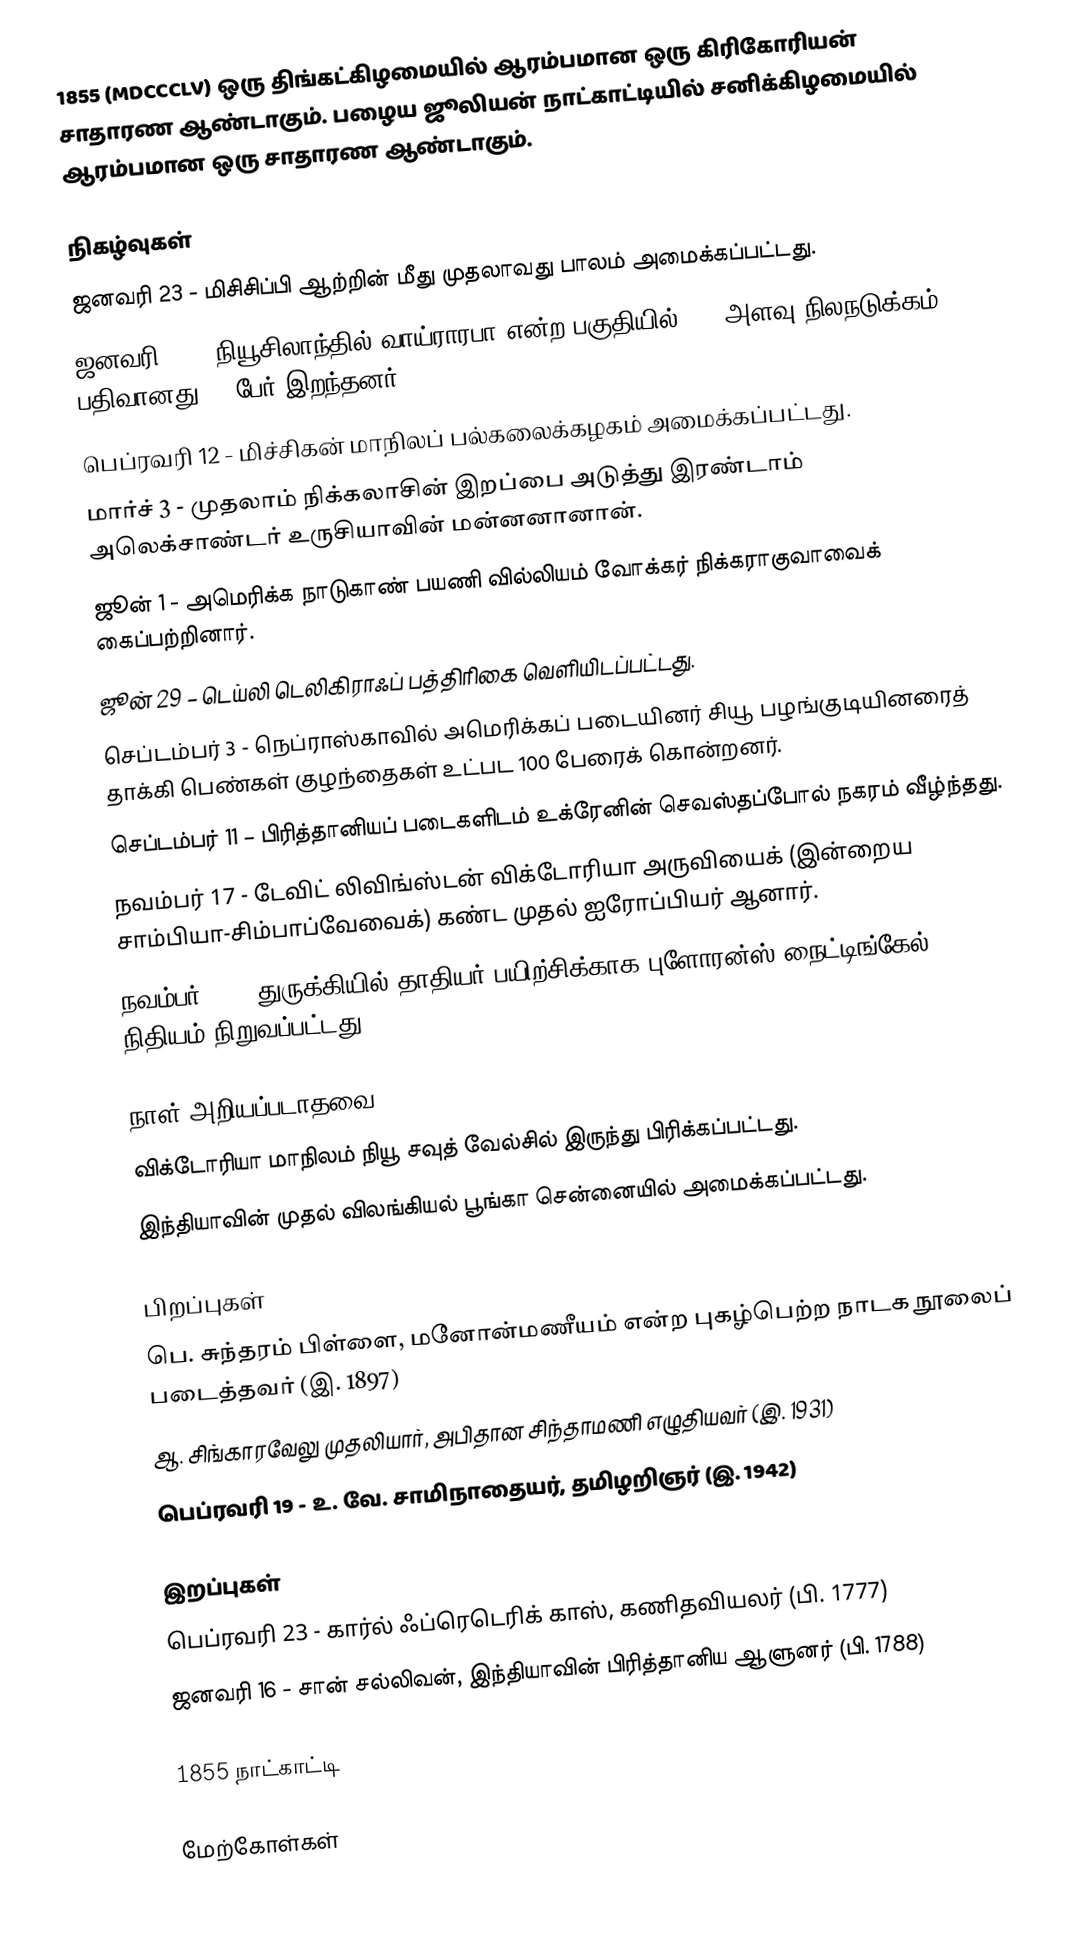
1855 (MDCCCLV) ஒரு திங்கட்கிழமையில் ஆரம்பமான ஒரு கிரிகோரியன் சாதாரண ஆண்டாகும். பழைய ஜூலியன் நாட்காட்டியில் சனிக்கிழமையில் ஆரம்பமான ஒரு சாதாரண ஆண்டாகும்.

நிகழ்வுகள்
 ஜனவரி 23 - மிசிசிப்பி ஆற்றின் மீது முதலாவது பாலம் அமைக்கப்பட்டது.
 ஜனவரி 23 - நியூசிலாந்தில் வாய்ராரபா என்ற பகுதியில் 8.1 அளவு நிலநடுக்கம் பதிவானது. 5 பேர் இறந்தனர்.
 பெப்ரவரி 12 - மிச்சிகன் மாநிலப் பல்கலைக்கழகம் அமைக்கப்பட்டது.
 மார்ச் 3 - முதலாம் நிக்கலாசின் இறப்பை அடுத்து இரண்டாம் அலெக்சாண்டர் உருசியாவின் மன்னனானான்.
 ஜூன் 1 - அமெரிக்க நாடுகாண் பயணி வில்லியம் வோக்கர் நிக்கராகுவாவைக் கைப்பற்றினார்.
 ஜூன் 29 – டெய்லி டெலிகிராஃப் பத்திரிகை வெளியிடப்பட்டது.
 செப்டம்பர் 3 - நெப்ராஸ்காவில் அமெரிக்கப் படையினர் சியூ பழங்குடியினரைத் தாக்கி பெண்கள் குழந்தைகள் உட்பட 100 பேரைக் கொன்றனர்.
 செப்டம்பர் 11 – பிரித்தானியப் படைகளிடம் உக்ரேனின் செவஸ்தப்போல் நகரம் வீழ்ந்தது.
 நவம்பர் 17 - டேவிட் லிவிங்ஸ்டன் விக்டோரியா அருவியைக் (இன்றைய சாம்பியா-சிம்பாப்வேவைக்) கண்ட முதல் ஐரோப்பியர் ஆனார்.
 நவம்பர் 29 - துருக்கியில் தாதியர் பயிற்சிக்காக புளோரன்ஸ் நைட்டிங்கேல் நிதியம் நிறுவப்பட்டது.

நாள் அறியப்படாதவை
 விக்டோரியா மாநிலம் நியூ சவுத் வேல்சில் இருந்து பிரிக்கப்பட்டது.
 இந்தியாவின் முதல் விலங்கியல் பூங்கா சென்னையில் அமைக்கப்பட்டது.

பிறப்புகள்
 பெ. சுந்தரம் பிள்ளை, மனோன்மணீயம் என்ற புகழ்பெற்ற நாடக நூலைப் படைத்தவர் (இ. 1897)
 ஆ. சிங்காரவேலு முதலியார், அபிதான சிந்தாமணி எழுதியவர் (இ. 1931)
 பெப்ரவரி 19 - உ. வே. சாமிநாதையர், தமிழறிஞர் (இ. 1942)

இறப்புகள்
 பெப்ரவரி 23 - கார்ல் ஃப்ரெடெரிக் காஸ், கணிதவியலர் (பி. 1777)
 ஜனவரி 16 - சான் சல்லிவன், இந்தியாவின் பிரித்தானிய ஆளுனர் (பி. 1788)

1855 நாட்காட்டி

மேற்கோள்கள்